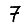
Digit: 7